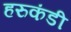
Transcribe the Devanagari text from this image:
हरुकंडी